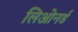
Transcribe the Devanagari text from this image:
लिओनर्ड